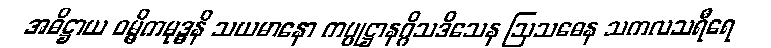
အဓိဋ္ဌာယ ဝမ္မိကမုဒ္ဓနိ သယမာနော ကပ္ပုဋ္ဌာနဂ္ဂိသဒိသေန ဩသဓေန သကလသရီရေ